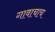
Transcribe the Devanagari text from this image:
गावाचाच